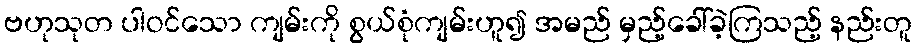
ဗဟုသုတ ပါဝင်သော ကျမ်းကို စွယ်စုံကျမ်းဟူ၍ အမည် မှည့်ခေါ်ခဲ့ကြသည့် နည်းတူ